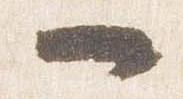
一